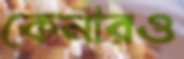
কেনারও